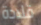
قلادة